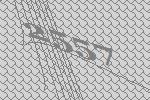
2557